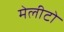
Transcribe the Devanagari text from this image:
मेलीटो